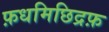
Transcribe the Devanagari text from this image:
फ़धमिछिद्रफ़